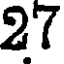
27